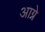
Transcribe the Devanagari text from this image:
आग्ने